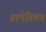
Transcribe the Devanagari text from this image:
ग्रामेतिका